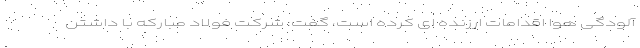
آلودگی هوا اقدامات ارزنده ای کرده است، گفت: شرکت فولاد مبارکه با داشتن